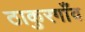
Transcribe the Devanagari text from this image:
ठाकुरगाँव